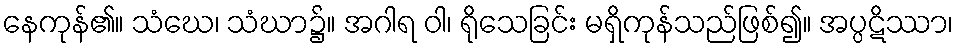
နေကုန်၏။ သံဃေ၊ သံဃာ၌။ အဂါရ ဝါ၊ ရိုသေခြင်း မရှိကုန်သည်ဖြစ်၍။ အပ္ပဋိဿာ၊